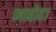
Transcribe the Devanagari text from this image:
जातोडा